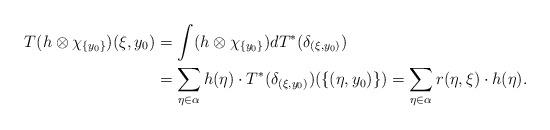
LaTeX: \begin{align*}T(h\otimes \chi_{\{y_0\}})(\xi,y_0)&=\int (h\otimes \chi_{\{y_0\}})d T^*(\delta_{(\xi,y_0)})\\ &= \sum_{\eta \in \alpha} h(\eta)\cdot T^*(\delta_{(\xi,y_0)})(\{(\eta,y_0)\})= \sum_{\eta \in \alpha} r(\eta,\xi)\cdot h(\eta).\end{align*}